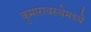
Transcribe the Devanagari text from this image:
कुमारावस्थेमध्ये